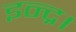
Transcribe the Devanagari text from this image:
इन्द्र।